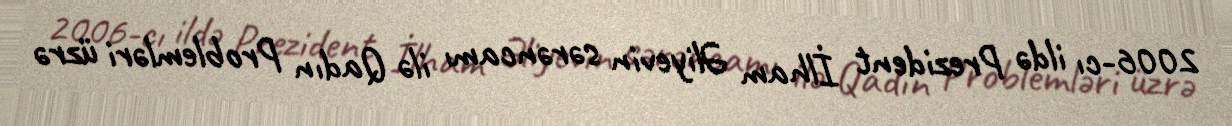
2006-cı ildə Prezident İlham Əliyevin sərəncamı ilə Qadın Problemləri üzrə